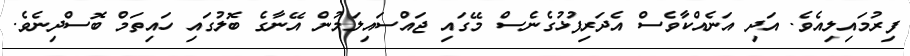
ފިރުމައިލިއެވެ. އަދި އަނެއްކާވެސް އެދަރިފުޅުގެނެސް މޭގައި ޖައްސައިލަމުން އޭނާގެ ބޮލުގައި ހައިތަމް ބޮސްދިނެވެ.